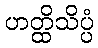
ဟတ္ထိသိပ္ပံ